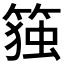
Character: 𰪋